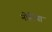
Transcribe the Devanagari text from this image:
नोमिया